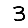
Digit: 3